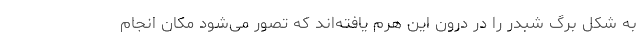
به شکل برگ شبدر را در درون این هرم یافته‌اند که تصور می‌شود مکان انجام